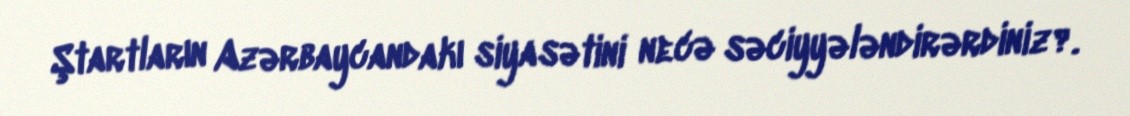
Ştartların Azərbaycandakı siyasətini necə səciyyələndirərdiniz?.